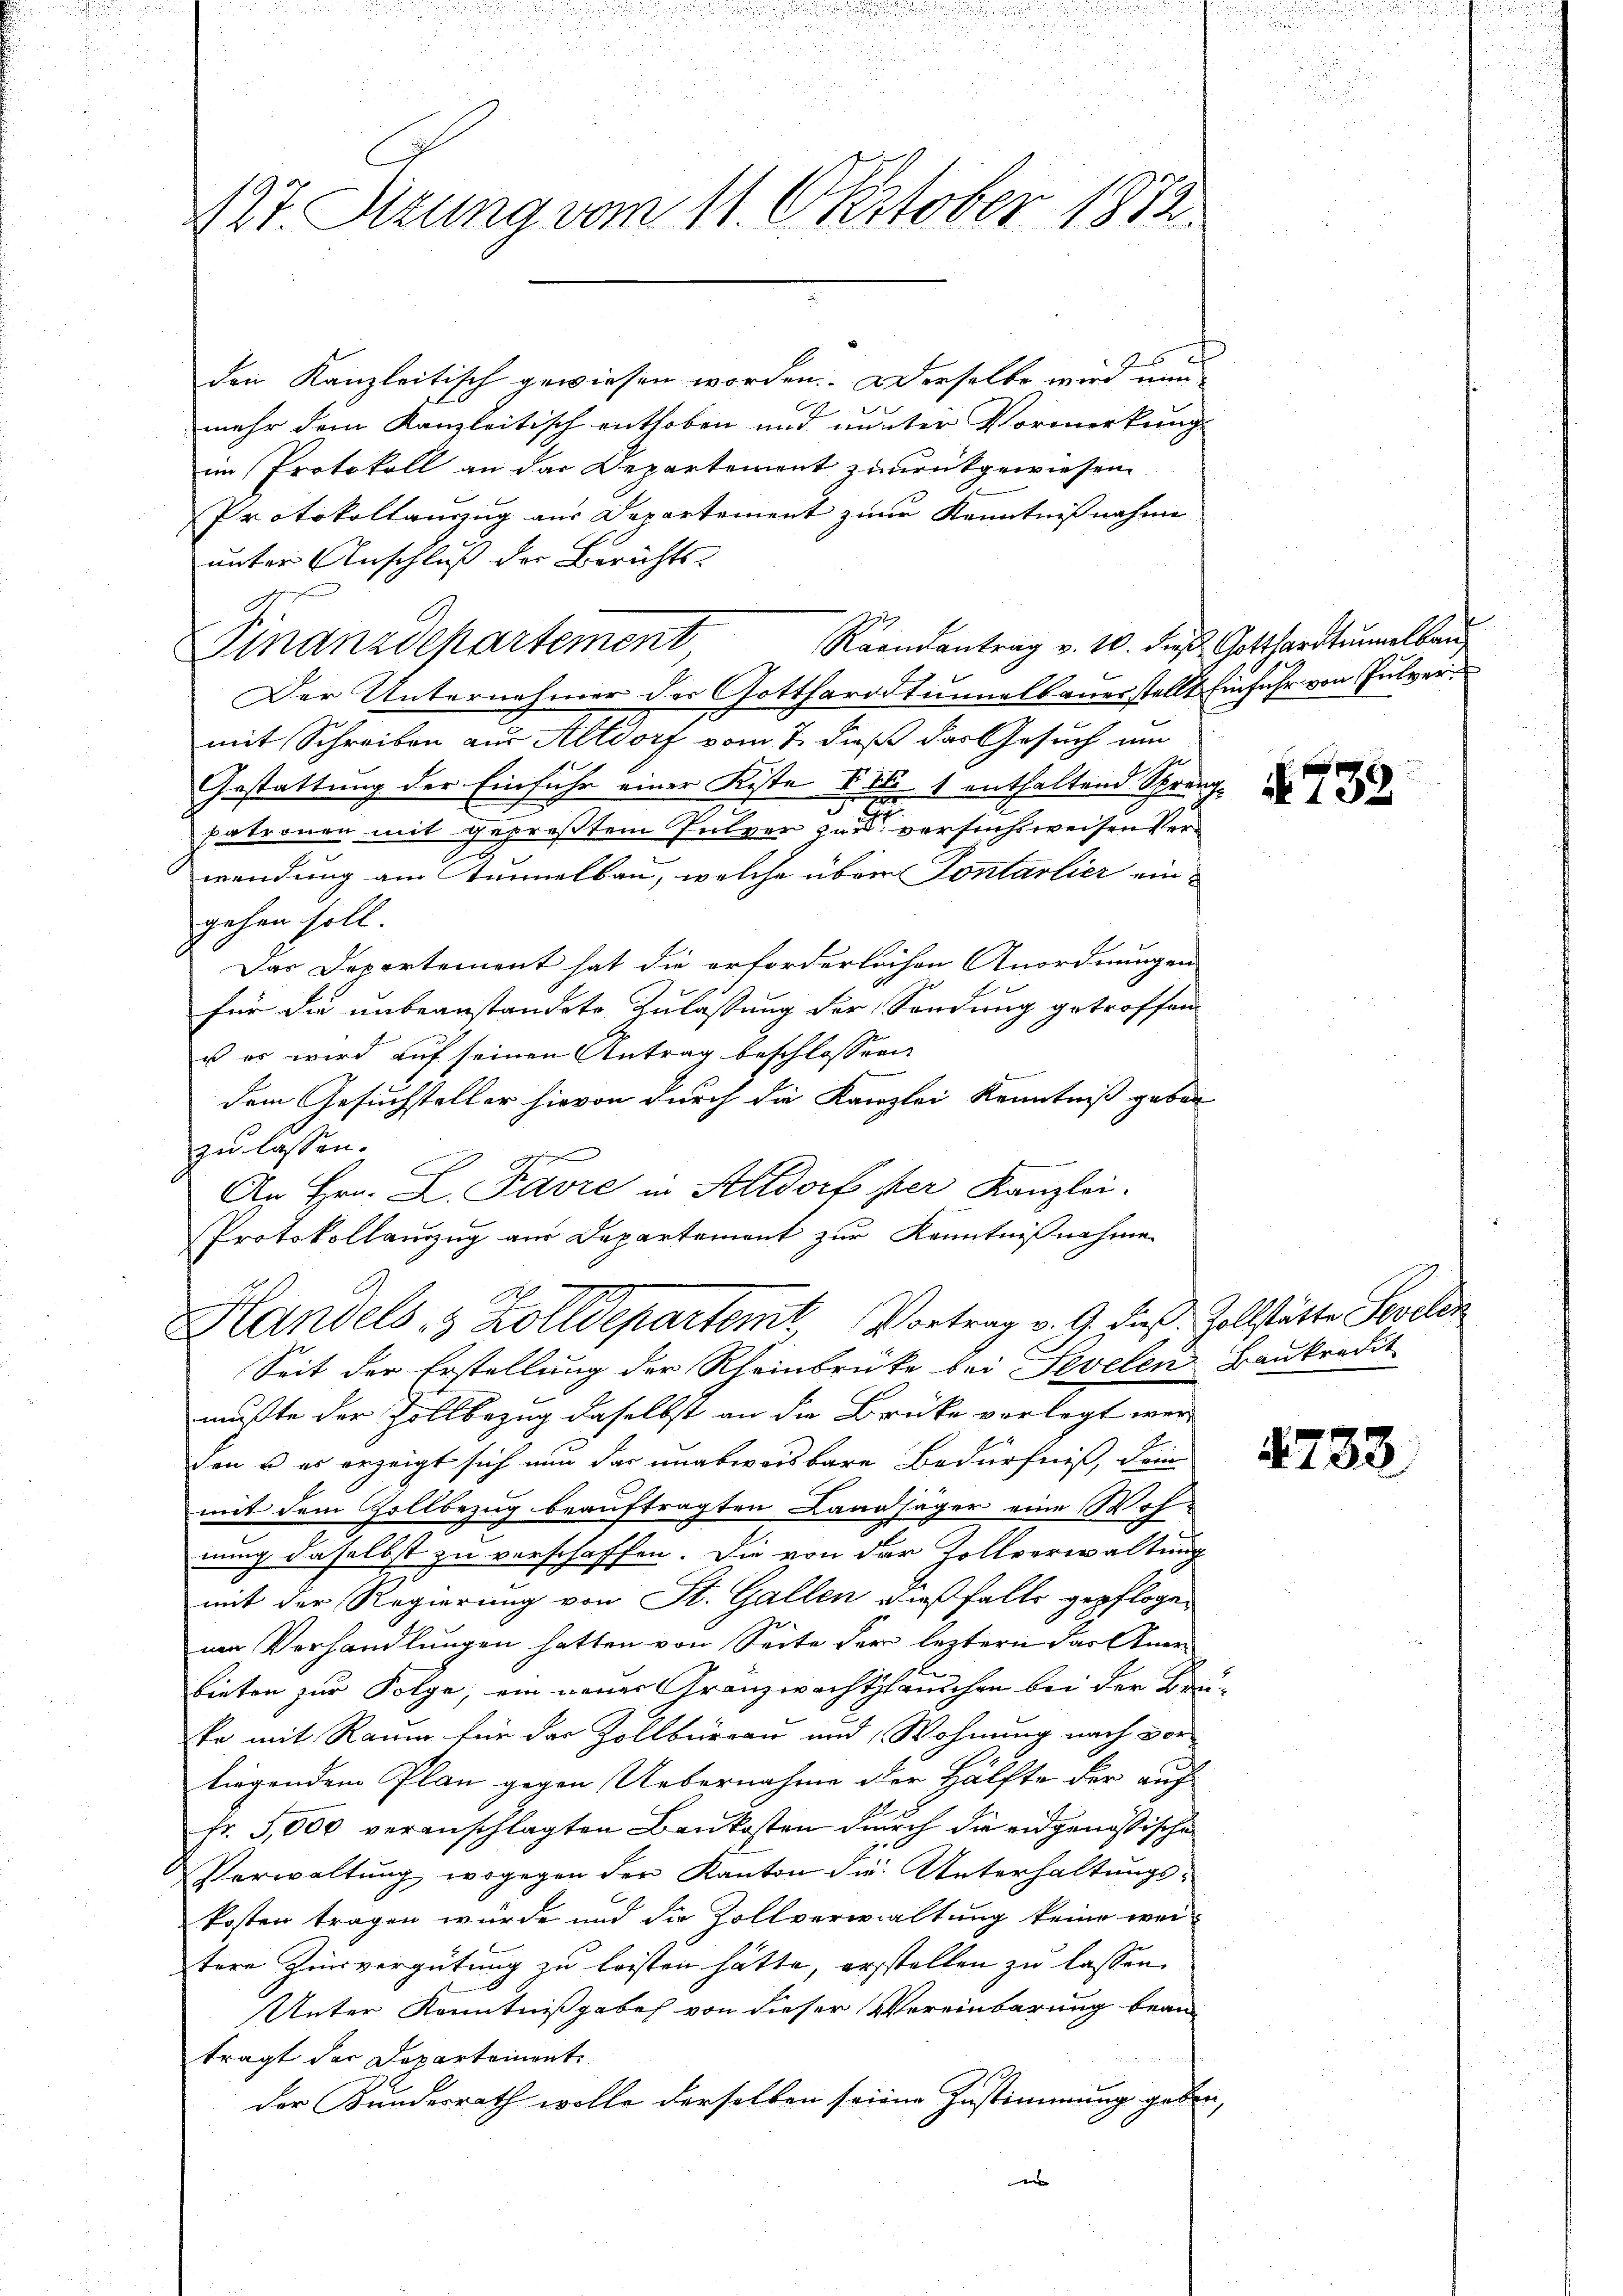
427. Sitzung vom 11. Oktober 1872.

den Kanzleitisch gewiesen worden. Derselbe wird nun
C
r
mehr dem Kanzleitisch enthoben und unter Vormerkung
im Protokoll an der Departement zurükgewiesen
Protokollanzug aus Departement zur Kenntnißnahme
unter Anschluß der Berichts-
A
Raandantrag v. 10. Fuß Gotthardtummelbau
Finanzdepartement
Der Unternehmer der Gotthardtunnelbauerstellt Einfuhr von Pulver
mit Schreiben aus Altdorf vom 7. dieß das Gesuch um
Gestattung der Einfuhr einer Kiste S. Nr. 1 enthaltend Sprang¬
3
patronen mit gepreßtem Pulver zu versuchsweisen Verwendung am Tunnelbau, welche über Tontarlier eingehen soll.
Das Departement hat die erforderlichen Anordnungen
für die unbeanstandete Zulassung der Sendung getroffen
u es wird auf seinen Antrag beschlossen.
dem Gesuchsteller hievon durch die Kanzlei Kenntniß geben
zu lassen.
 x
A
An Hrn. L. Favre in Altdorf per Kanzlei.
Protokollanzug aus Departement zur Kenntnißnahme
Handels, 3 Zolldepartem Vortrag v. 9. dieß. Zollstätte Seelen
D
Seit der Erstellung der Rheinbrücke bei Sevelen Baukredit
mußte der Zollbezug daselbst an die Brücke verlegt werd
den u es erzeigt sich nun das unabweisbare Bedürfniß, dem
mit dem Zollbezug beauftragten Landsäger eine Wohnung daselbst zu verschaffen. Die von der Zollverwaltung
mit der Regierung von St. Gallen dießfalls gepflogen
nen Verhandlungen hatten von Seite der leztern dar Anerge
bieten zur Folge, ein neuer Granzwachtsleuchen bei der Bruste mit Raum für das Zollbüreau und Wohnung nach vor
tiegendem Plan gegen Uebernahme der Hälfte der auf
Fr. 5,000 veranschlagten Baukosten durch die eidgenössische
Verwaltung, wogegen der Kanton die Unterhaltungskosten tragen wurde und die Zollverwaltung keine wei-
tere Zinsvergütung zu leisten hätte, erstellen zu lassen,
Unter Kenntnißgabe von dieser Vereinbarung bean-
trägt der Departement
der Kundesrath wolle derselben seiene Zustimmung geben,

732

2732